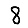
Digit: 8